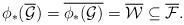
LaTeX: \begin{align*}\phi_* (\overline{\mathcal{G}})=\overline{\phi_*(\mathcal{G})}=\overline{\mathcal{W}}\subseteq \overline{\mathcal{F}}.\end{align*}